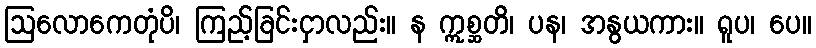
ဩလောကေတုံပိ၊ ကြည့်ခြင်းငှာလည်း။ န ဣစ္ဆတိ၊ ပန၊ အနွယကား။ ရူပ၊ ပေ။